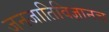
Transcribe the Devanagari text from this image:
जनजातिविज्ञानच